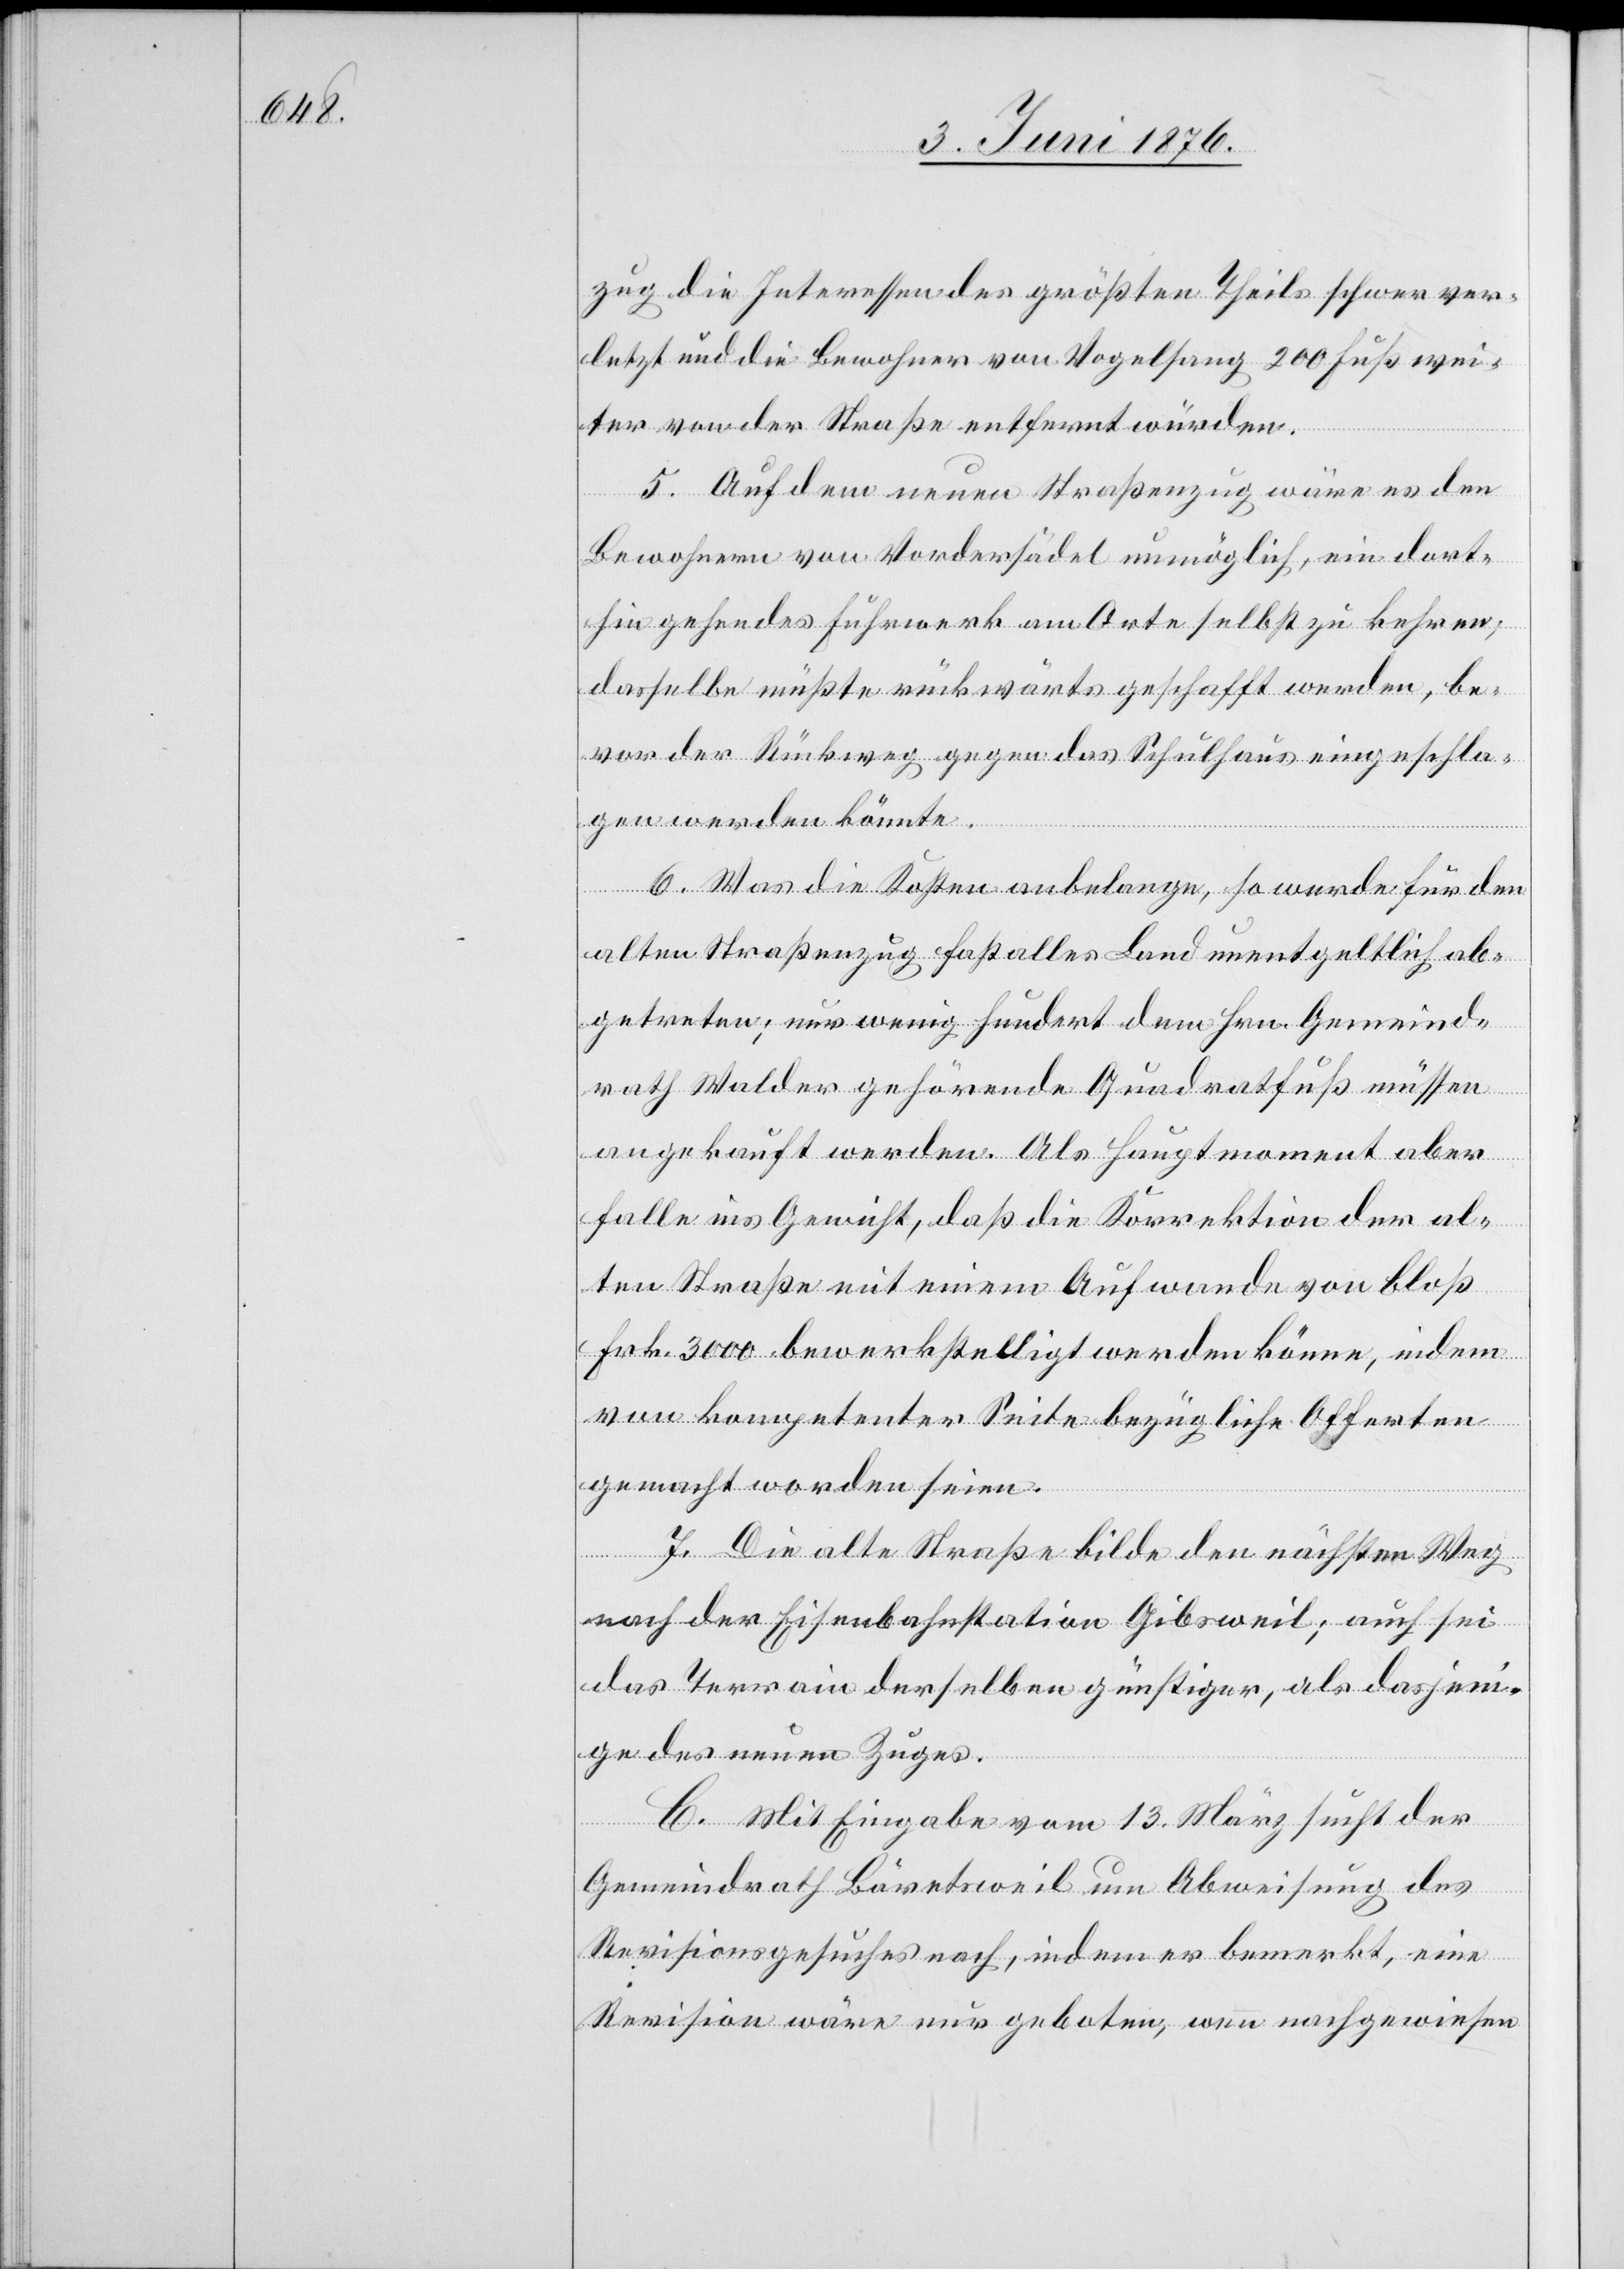
zug die Interessen des größten Theils schwer ver¬
letzt und die Bewohner von Vogelsang 200 Fuß wei¬
ter von der Straße entfernt würden.
5. Auf dem neuen Straßenzug wäre es den
Bewohnern von Vordersädel unmöglich, ein dort¬
hin gehendes Fuhrwerk am Orte selbst zu kehren;
dasselbe müßte rückwärts geschafft werden, be¬
vor der Rückweg gegen das Schulhaus eingeschla¬
gen werden könnte.
6. Was die Kosten anbelangen, so werde für den
alten Straßenzug fast alles Land unentgeltlich ab¬
getreten; nur wenig hundert dem Hrn. Gemeind¬
rath Walder gehörende Quadratfuß müssen
angekauft werden. Als Hauptmoment aber
falle ins Gewicht, daß die Korrektion der al¬
ten Straße mit einem Aufwande von bloß
Frk. 3000 bewerkstelligt werden könne, indem
von kompetenter Seite bezügliche Offerten
gemacht worden seien.
7 Die alte Straße bilde den nächsten Weg
nah der Eisenbahnstation Gibsweil; auch sei
das Terrain derselben günstiger, als dasjeni¬
ge des neuen Zuges.
C. Mit Eingabe vom 13. März sucht der
Gemeindrath Bäretsweil um Abweisung des
Revisionsgesuches nach, indem er bemerkt, eine
Revision wäre nur geboten, wenn nachgewiesen